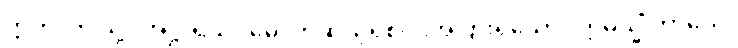
ဣတိ၊ ဤသို့။ အဋ္ဌာရသဝိဓေ၊ တဆယ့်ရှစ်ပါးအပြားရှိသော။ ဣမသ္မိံ ကာယေ၊